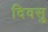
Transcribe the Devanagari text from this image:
दिवसु